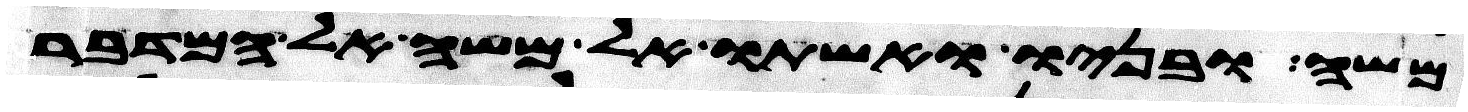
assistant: משה ובניו ואשתו אל משה אל המדבר